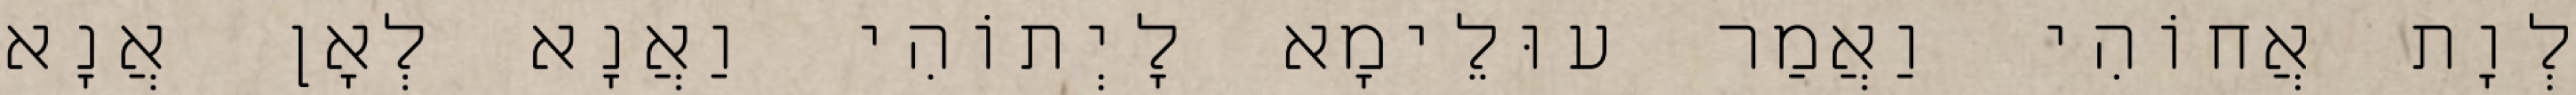
לְוָת אֲחוֹהִי וַאֲמַר עוּלֵימָא לָיְתוֹהִי וַאֲנָא לְאָן אֲנָא